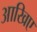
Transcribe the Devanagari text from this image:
आखिए